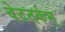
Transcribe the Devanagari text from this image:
वेदतर्कम्